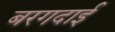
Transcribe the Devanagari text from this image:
बरगदाई